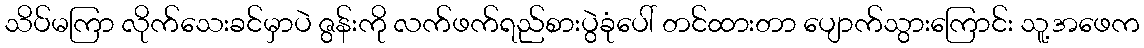
သိပ်မကြာ လိုက်သေးခင်မှာပဲ ဇွန်းကို လက်ဖက်ရည်စားပွဲခုံပေါ် တင်ထားတာ ပျောက်သွားကြောင်း သူ့အဖေက